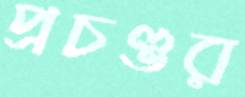
প্রচণ্ডর